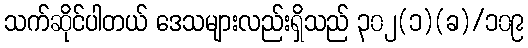
သက်ဆိုင်ပါတယ် ဒေသများလည်းရှိသည် ၃၀၂(၁)(ခ)/၁၀၉